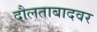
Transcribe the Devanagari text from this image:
दौलताबादवर